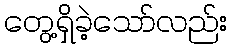
တွေ့ရှိခဲ့သော်လည်း